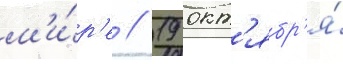
м'и́р'е // 19 окт'ябр'я́